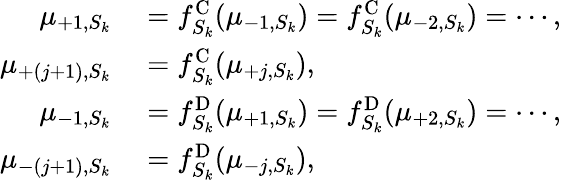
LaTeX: \begin{array}{rl}{\mu_{+1,S_{k}}}&{{}=f_{S_{k}}^{\mathrm{C}}(\mu_{-1,S_{k}})=f_{S_{k}}^{\mathrm{C}}(\mu_{-2,S_{k}})=\cdots,}\\ {\mu_{+(j+1),S_{k}}}&{{}=f_{S_{k}}^{\mathrm{C}}(\mu_{+j,S_{k}}),}\\ {\mu_{-1,S_{k}}}&{{}=f_{S_{k}}^{\mathrm{D}}(\mu_{+1,S_{k}})=f_{S_{k}}^{\mathrm{D}}(\mu_{+2,S_{k}})=\cdots,}\\ {\mu_{-(j+1),S_{k}}}&{{}=f_{S_{k}}^{\mathrm{D}}(\mu_{-j,S_{k}}),}\end{array}